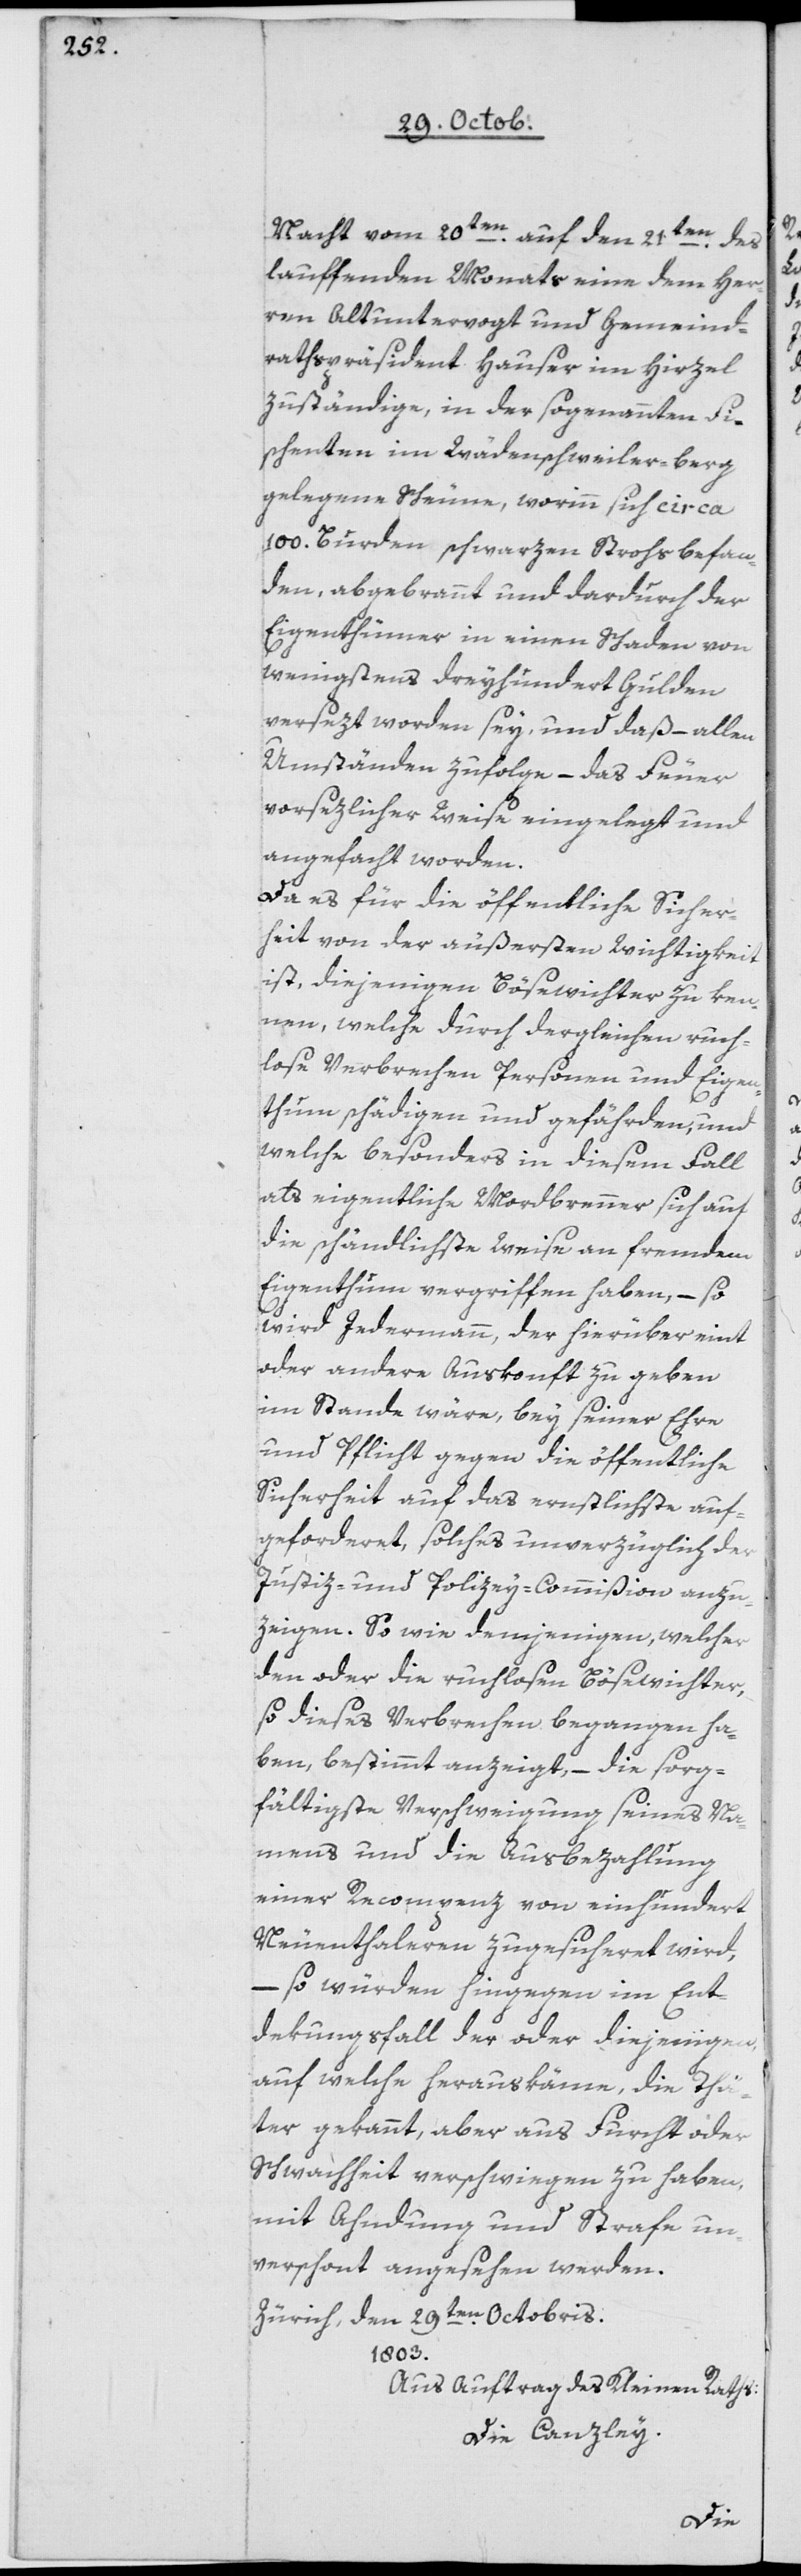
Nacht vom 20ten auf den 21ten des
lauffenden Monats eine dem Her¬
ren Altuntervogt und Gemeind¬
rathspräsident Hauser im Hirzel
zuständige, in der sogenannten Fis¬
chenten im Wädenschweilerberg
gelegene Scheune, worinn sich circa
100 Burden schwarzen Strohs befan¬
den, abgebrannt und dardurch der
Eigenthümer in einen Schaden von
wenigstens dreyhundert Gulden
versezt worden sey, und daß allen
Umständen zufolge – das Feuer
vorsezlicher Weise eingelegt und
angefacht worden.
Da es für die öffentliche Sicher¬
heit von der äußersten Wichtigkeit
ist, diejenigen Bösewichter zu ken¬
nen, welche durch dergleichen ruch¬
lose Verbrechen Personen und Eigen¬
thum schädigen und gefährden, und
welche besonders in diesem Fall
als eigentliche Mordbrenner sich auf
die schändlichste Weise an fremdem
Eigenthum vergriffen haben, – so
wird Jedermann, der hierüber eint
oder andere Auskunft zu geben
im Stande wäre, bey seiner Ehre
und Pflicht gegen die öffentliche
Sicherheit auf das ernstlichste auf¬
geforderet, solches unverzüglich der
Justiz- und Polizey-Commißion anzu¬
zeigen. So wie denjenigen, welcher
den oder die ruchlose Bösewichter,
so dieses Verbrechen begangen ha¬
ben, bestimmt anzeigt, – die sorg¬
fältigste Verschweigung seines Na¬
mens und die Ausbezahlung
einer Recompenz von einhundert
Neuenthaleren zugesicheret wird,
– so würden hingegen im Ent¬
dekungsfall der oder diejenigen,
auf welche herauskäme, die Thä¬
ter gekannt, aber aus Furcht oder
Schwachheit verschwiegen zu haben,
mit Ahndung und Strafe un¬
verschont angesehen werden.
Zürich, den 29ten Octobris
1803.
Aus Auftrag des Kleinen Raths:
Die Canzley.